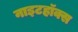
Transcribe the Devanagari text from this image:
नाइटहॉक्स